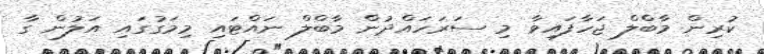
ކުރިން މާބްލް ޖަހާފައިވާ މި ސަރަހައްދުން މާބްލް ނައްޓައި މިމަގުގައި އަލުން ގާ